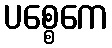
ပစ္စေကေ